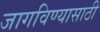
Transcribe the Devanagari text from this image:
जागविण्यासाठी